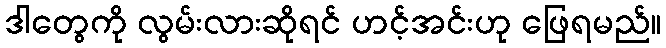
ဒါတွေကို လွမ်းလားဆိုရင် ဟင့်အင်းဟု ဖြေရမည်။